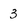
Character: 3